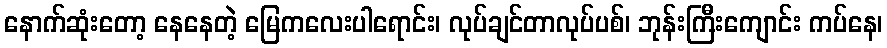
နောက်ဆုံးတော့ နေနေတဲ့ မြေကလေးပါရောင်း၊ လုပ်ချင်တာလုပ်ပစ်၊ ဘုန်းကြီးကျောင်း ကပ်နေ၊